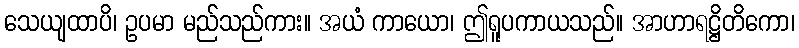
သေယျထာပိ၊ ဥပမာ မည်သည်ကား။ အယံ ကာယော၊ ဤရူပကာယသည်။ အာဟာရဋ္ဌိတိကော၊